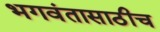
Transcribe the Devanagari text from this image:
भगवंतासाठीच